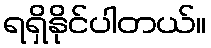
ရရှိနိုင်ပါတယ်။